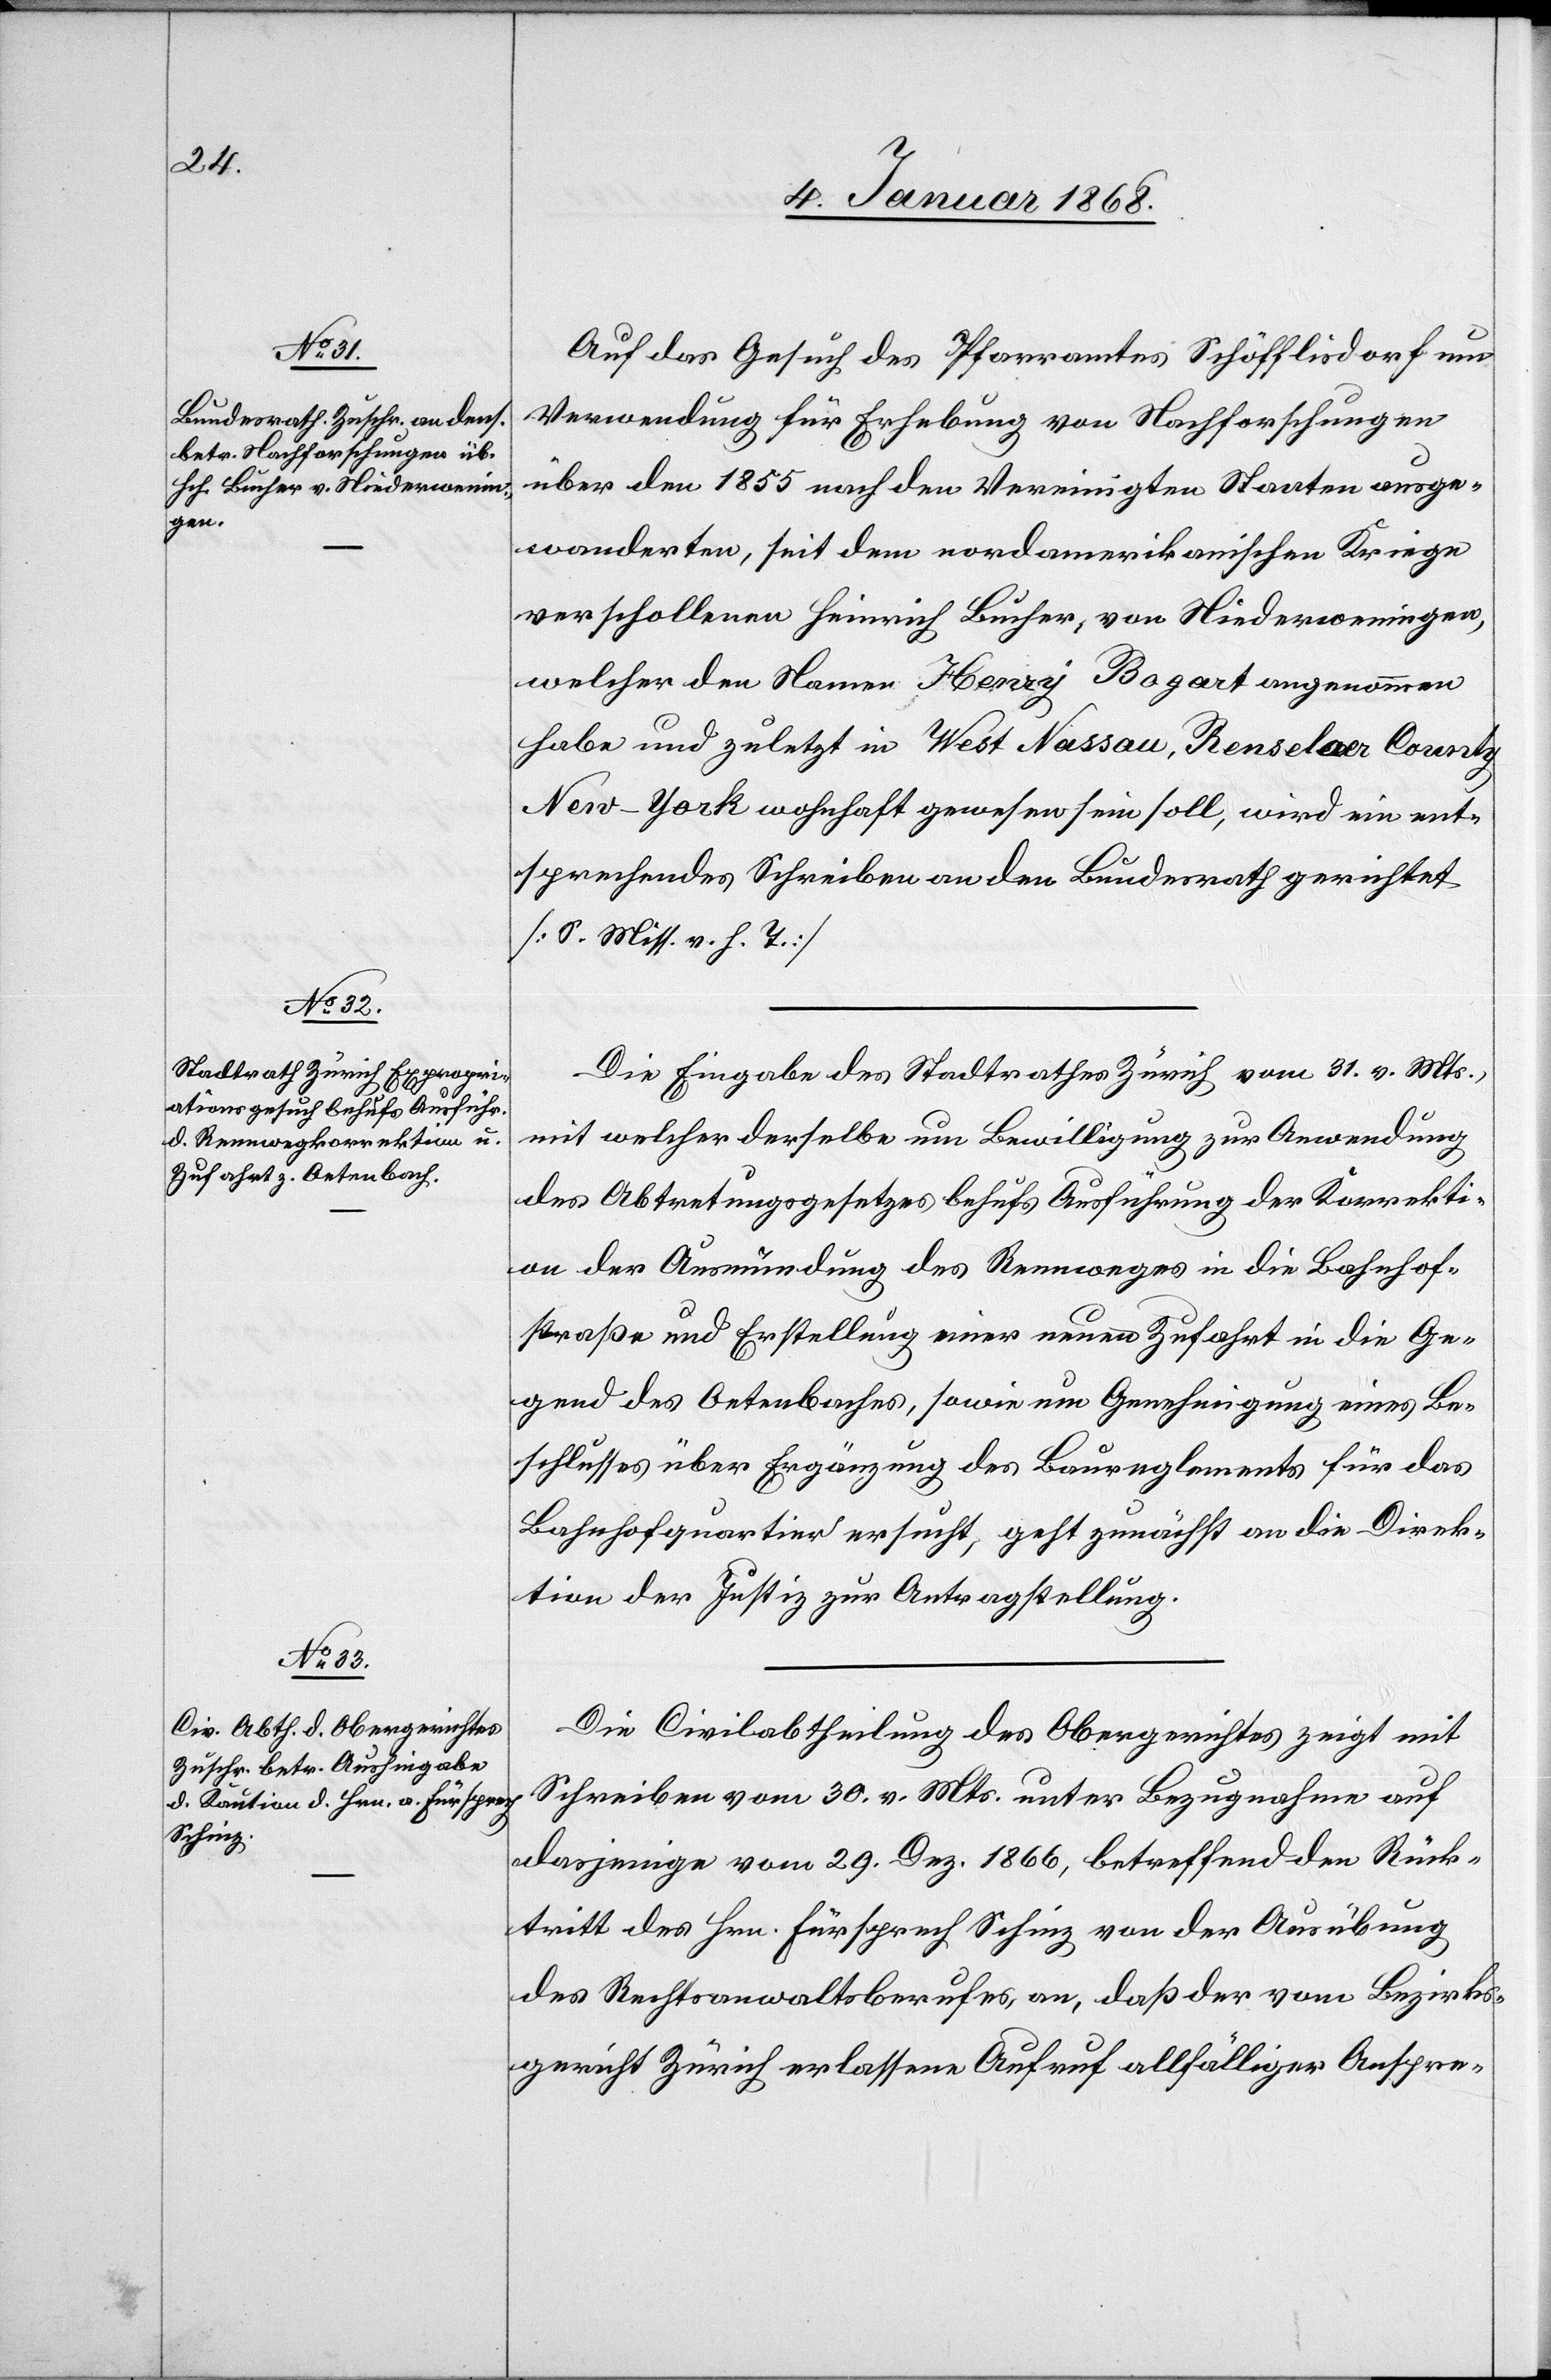
7. Januar 1868.]
Auf das Gesuch des Pfarramtes Schöfflisdorf um
Verwendung für Erhebung von Nachforschungen
über den 1855 nach den Vereinigten Staaten ausge¬
wanderten, seit dem nordamerikanischen Kriege
verschollenen Heinrich Bucher, von Niederweningen,
welcher den Namen Henry Bogart angenommen
habe und zuletzt in West Nassau, Renselaer County
New-York wohnhaft gewesen sein soll, wird ein ent¬
sprechendes Schreiben an den Bundesrath gerichtet
[S. Miss. v. h. T.]
Die Eingabe des Stadtrathes Zürich vom 31. v. Mts.,
mit welcher derselbe um Bewilligung zur Anwendung
des Abtretungsgesetzes behufs Ausführung der Korrekti¬
on der Ausmündung des Rennweges in die Bahnhof¬
straße und Erstellung einer neuen Zufahrt in die Ge¬
gend des Oetenbaches, sowie um Genehmigung eines Be¬
schlusses über Ergänzung des Baureglements für das
Bahnhofquartier ersucht, geht zunächst an die Direk¬
tion der Justiz zur Antragstellung.
Die Civilabtheilung des Obergerichtes zeigt mit
Schreiben vom 30. v. Mts. unter Bezugnahme auf
dasjenige vom 29. Dez. 1866, betreffend den Rück¬
tritt des Hrn. Fürsprech Schinz von der Ausübung
des Rechtsanwaltsberufes, an, daß der vom Bezirks¬
gericht Zürich erlassene Aufruf allfälliger Anspre-